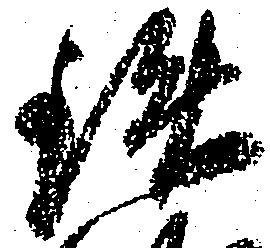
鉄